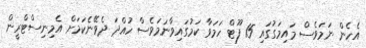
އެހެން ނަމަވެސް މައިމަގުގައި 15 ފޫޓް ހަމަވާ ކަމުގައިވާނަމަވެސް ހުއްދަ ދެވޭނެކަމަށް އެމިނިސްޓްރީން